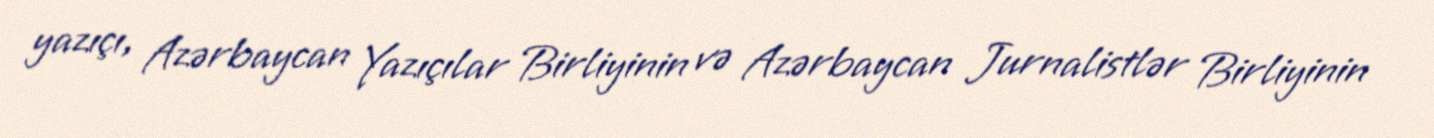
yazıçı, Azərbaycan Yazıçılar Birliyinin və Azərbaycan Jurnalistlər Birliyinin